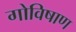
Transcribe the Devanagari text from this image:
गोविषाण